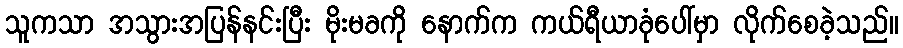
သူကသာ အသွားအပြန်နင်းပြီး မိုးမခကို နောက်က ကယ်ရီယာခုံပေါ်မှာ လိုက်စေခဲ့သည်။